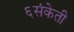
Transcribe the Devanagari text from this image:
६संकेती